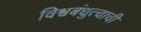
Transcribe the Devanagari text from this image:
विश्वबंधुत्वाची